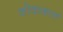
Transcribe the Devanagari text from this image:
शोककर्ता